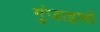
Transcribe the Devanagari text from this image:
गुंजाइशों